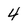
Character: 4